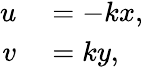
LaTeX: \begin{array}{rl}{u}&{{}=-kx,}\\ {v}&{{}=ky,}\end{array}